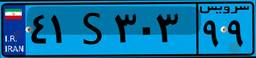
۲۷S۷۶۸۴۳